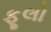
ફૂલો